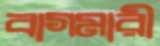
বাগমারী